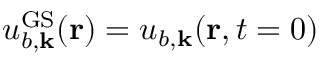
u _ { b , { \bf k } } ^ { \mathrm { G S } } ( { \bf r } ) = u _ { b , { \bf k } } ( { \bf r } , t = 0 )